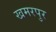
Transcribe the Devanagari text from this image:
खमरपुर